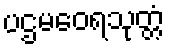
ပဌမဝေရသုတ္တံ